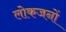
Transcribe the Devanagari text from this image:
लोकजनों